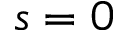
s = 0